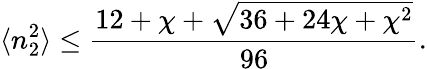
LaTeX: \langle n_{2}^{2}\rangle\leq\frac{12+\chi+\sqrt{36+24\chi+\chi^{2}}}{96}.